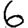
Digit: 6